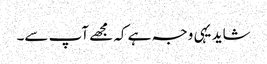
شاید یہی وجہ ہے کہ مجھے آپ سے۔